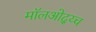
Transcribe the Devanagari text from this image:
मॉलओद्य्च